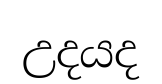
උදයද